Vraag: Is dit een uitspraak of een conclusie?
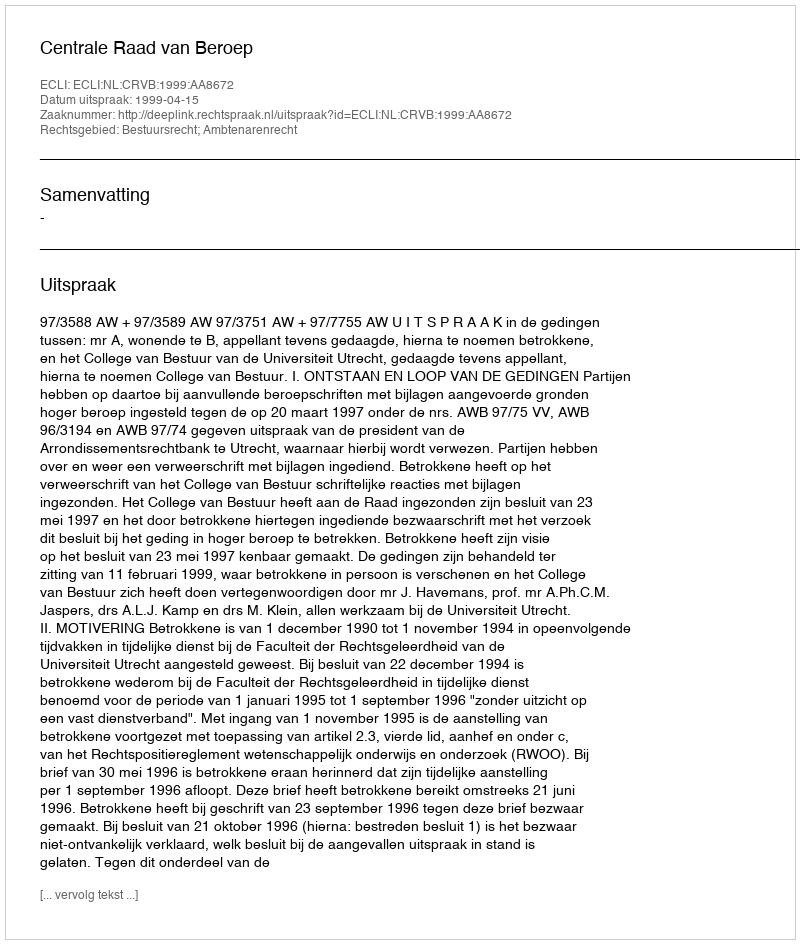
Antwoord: Uitspraak